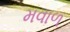
મવાળ